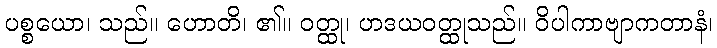
ပစ္စယော၊ သည်။ ဟောတိ၊ ၏။ ဝတ္ထု၊ ဟဒယဝတ္ထုသည်။ ဝိပါကာဗျာကတာနံ၊